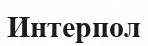
Интерпол